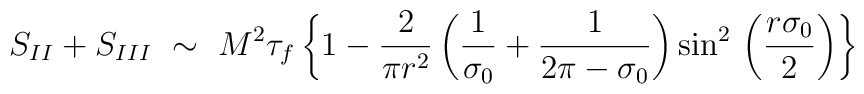
S_{II} + S_{III} ~ \sim ~  M^2\tau_f \left\{ 1 - \frac{2}{\pi r^2}\left( \frac{1}{\sigma_0} + \frac{1}{2 \pi - \sigma_0} \right)  {\sin}^2\, \left(\frac{r\sigma_0}{2} \right) \right\}